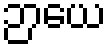
ဉာယေ